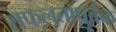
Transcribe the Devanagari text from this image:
सफलतापुर्वक